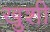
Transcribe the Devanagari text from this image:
खु़शी